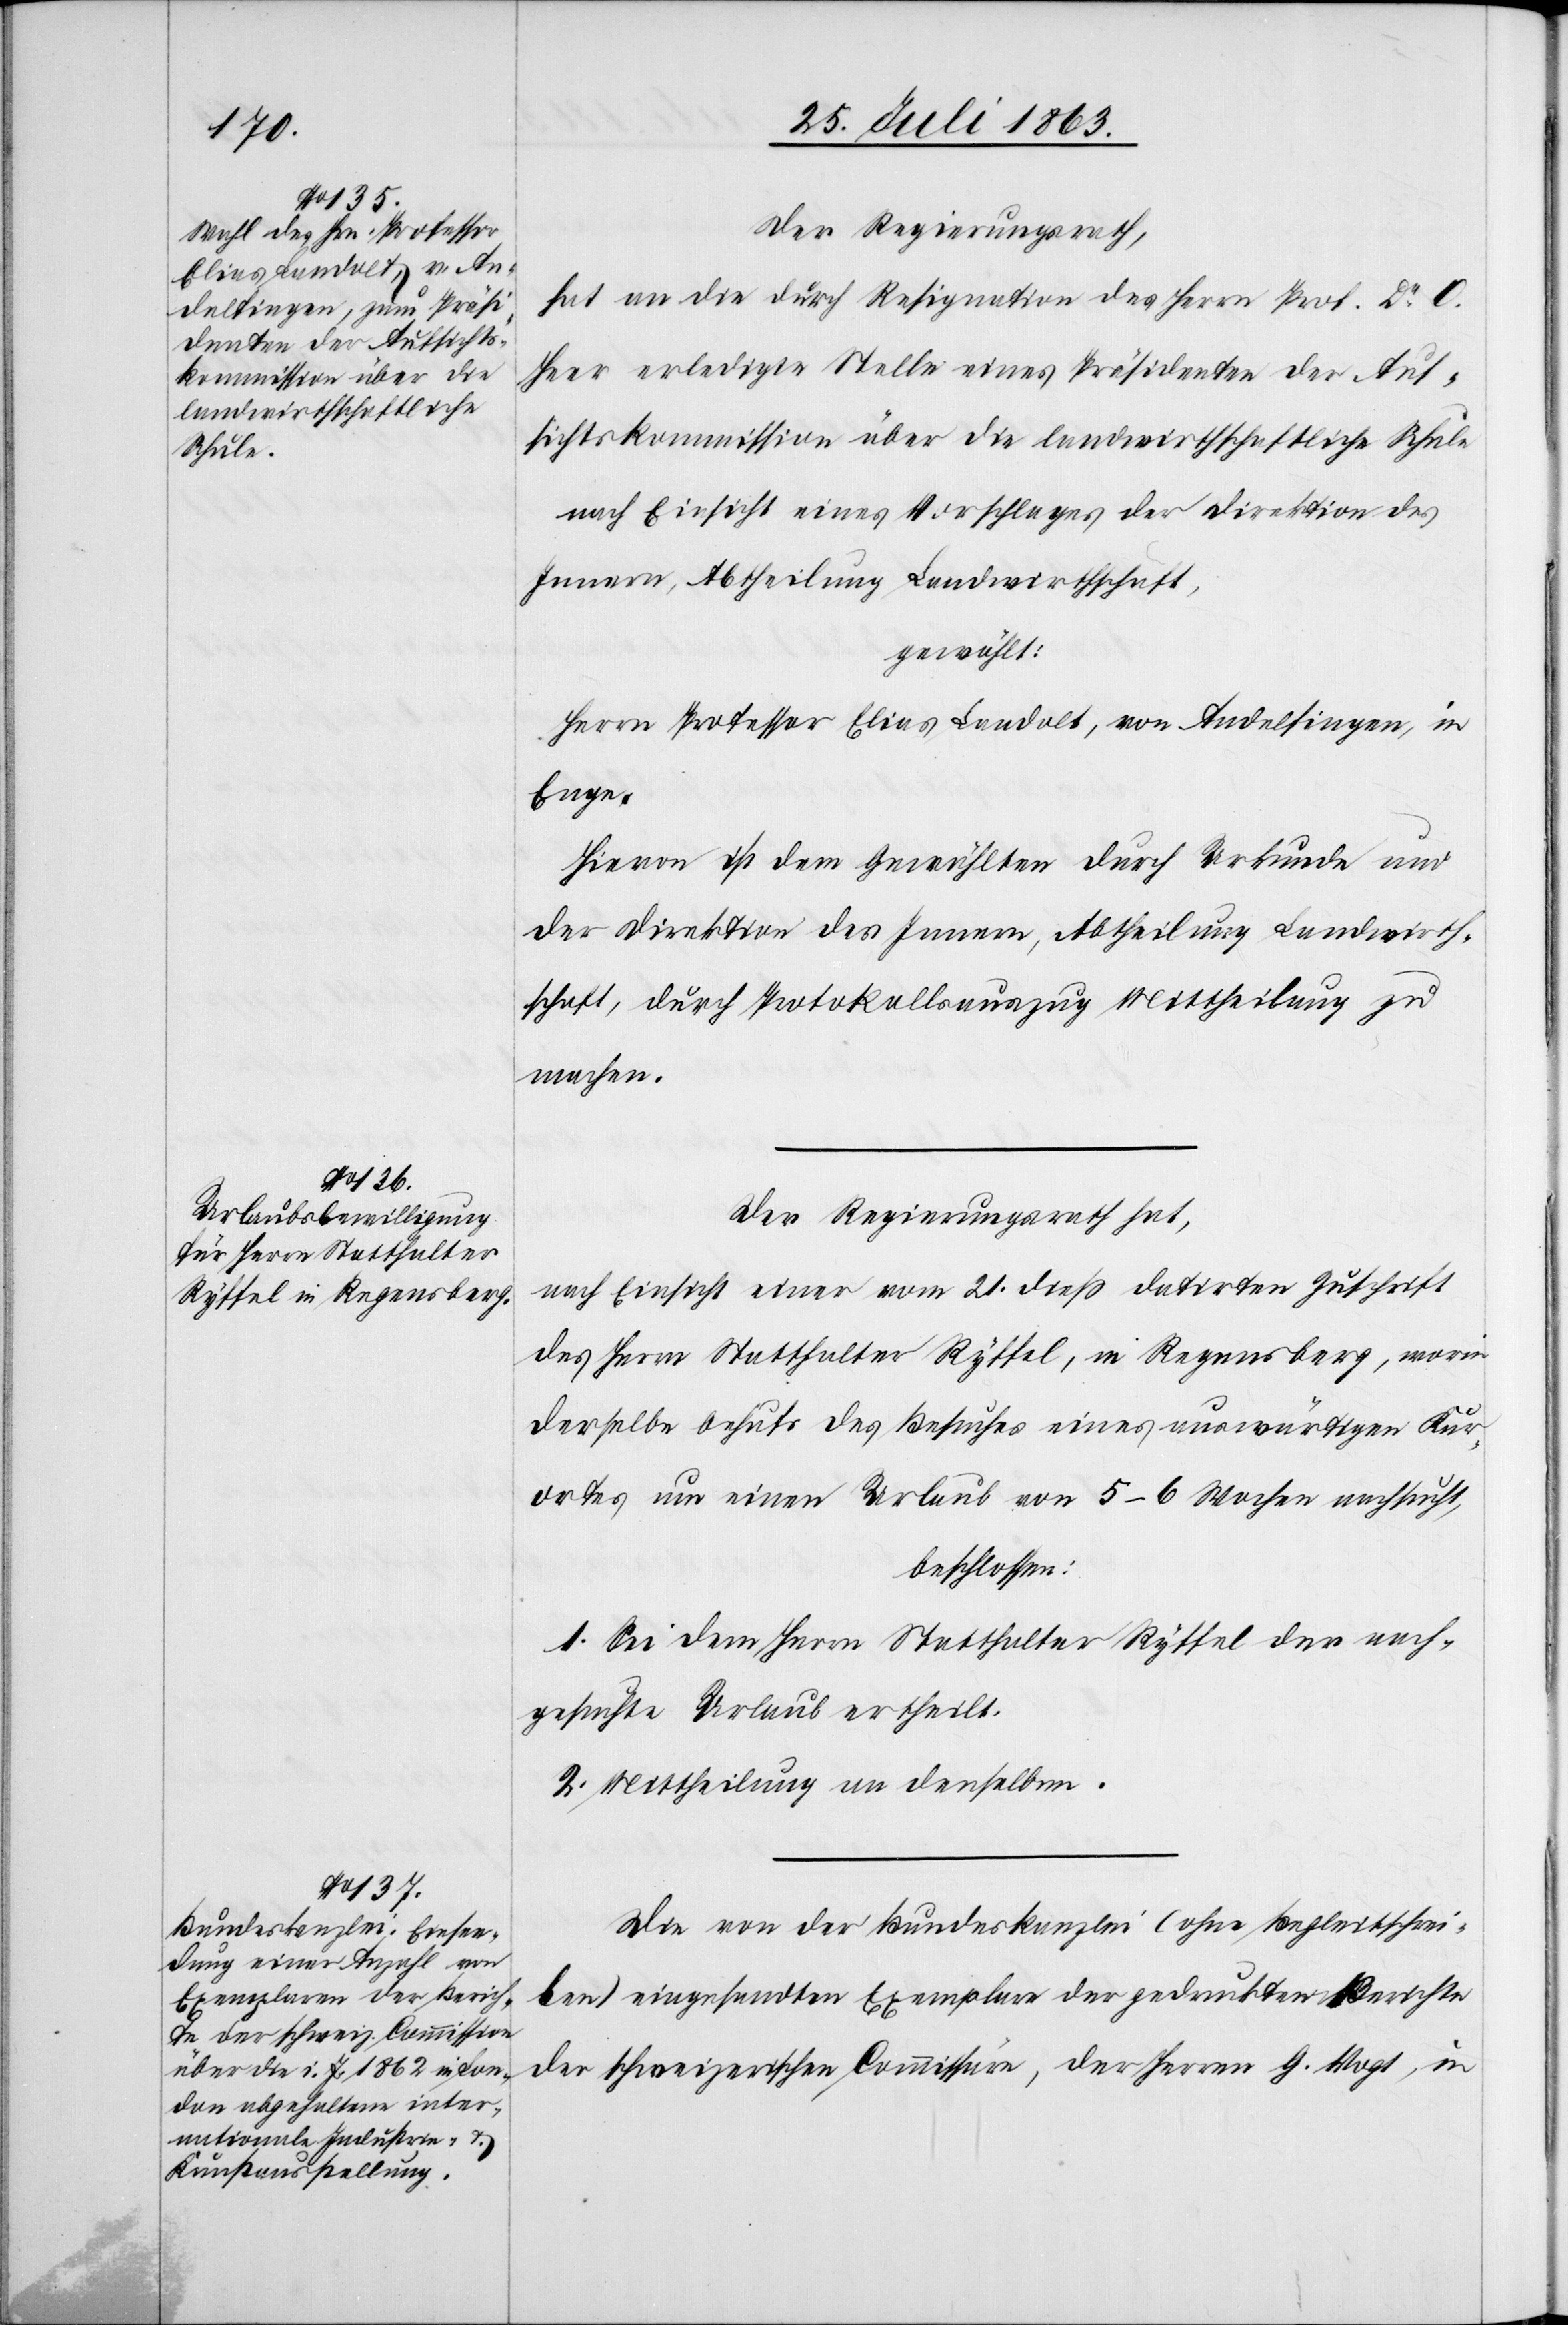
Der Regierungsrath,
hat an die durch Resignation des Herrn Prof. Dr O.
Heer erledigte Stelle eines Präsidenten der Auf¬
sichtskommission über die landwirthschaftliche Schule
nach Einsicht eines Vorschlages der Direktion des
Innern, Abtheilung Landwirthschaft,
gewählt:
Herrn Professor Elias Landolt, von Andelfingen, in
Enge.
Hievon ist dem Gewählten durch Urkunde und
der Direktion des Innern, Abtheilung Landwirth¬
schaft, durch Protokollsauszug Mittheilung zu
machen.
Der Regierungsrath hat,
nach Einsicht einer vom 21. dieß datirten Zuschrift
des Herrn Statthalter Ryffel, in Regensberg, worin
derselbe behufs des Besuches eines auswärtigen Kur¬
ortes um einen Urlaub von 5–6 Wochen nachsucht,
beschlossen:
1. Sei dem Herrn Statthalter Ryffel der nach¬
gesuchte Urlaub ertheilt.
2. Mittheilung an denselben.
Die von der Bundeskanzlei (ohne Begleitschrei¬
ben) eingesandten Exemplare der gedruckten Berichte
der schweizerischen Commissäre, der Herren G. Vogt, in